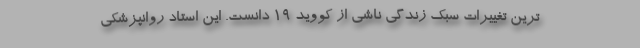
ترین تغییرات سبک زندگی ناشی از کووید ۱۹ دانست. این استاد روانپزشکی